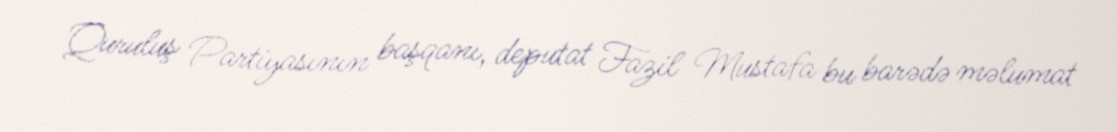
Quruluş Partiyasının başqanı, deputat Fazil Mustafa bu barədə məlumat